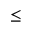
\le